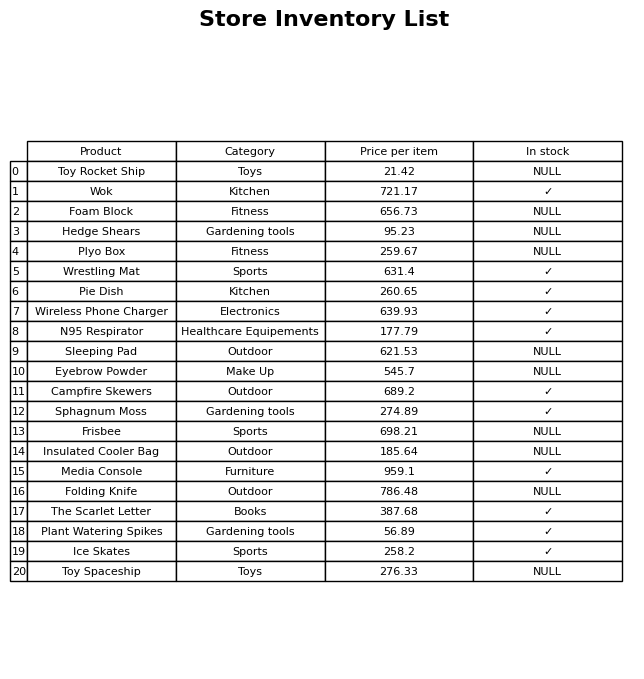
question: Is the Campfire Skewers in stock?
answer: ✓